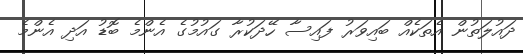
ދައުލަތުން އެތަކެއް ބައިވަރު ފައިސާ ހޭދަކުރާ ގައުމުގެ އެންމެ ބޮޑު އަދި އެންމެ